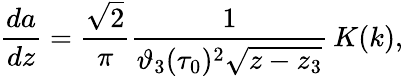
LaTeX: \frac{da}{dz}=\frac{\sqrt{2}}{\pi}\frac{1}{\vartheta_{3}(\tau_{0})^{2}\sqrt{z-z_{3}}}\, K(k),